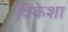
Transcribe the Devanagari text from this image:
विकेशा